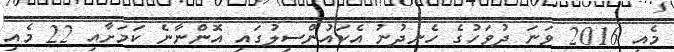
މެއި 2016 ވަނަ ދުވަހުގެ ހެނދުނު އެކައުންސިލުގައި އޮންނާނެ ކަމަށާއި 22 މެއި